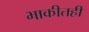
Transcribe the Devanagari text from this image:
भाकीतही